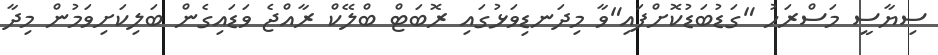
ސިޔާސީ މަސްރަހު "ގަޑުބަޑުކޮށްފައި"ވާ މިދަނޑިވަޅުގައި ރޮބަޓް ބްލޭކް ރާއްޖެ ވަޑައިގެން ބަލިކަށިވަމުން މިދާ